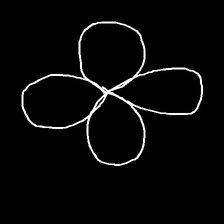
Glyph: billowing